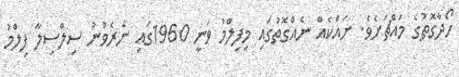
ހޯދާގޮތުގެ މައްޗަށެވެ. ށައްކެއް ނެއްގޮތުގައި މިފިލްމު ވަނީ 1960ގައި ނެރެވުނު ސިލްސިލާ ފިލްމު